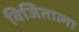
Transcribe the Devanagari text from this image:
विजितात्मा